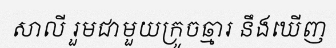
សាលី រួមជាមួយក្រូចឆ្មារ នឹងឃើញ